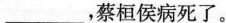
____，蔡桓侯病死了。